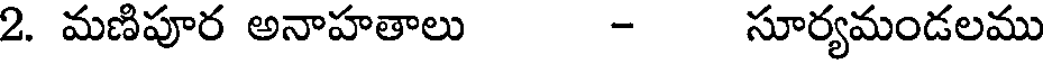
2. మణిపూర అనాహతాలు - సూర్యమండలము